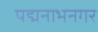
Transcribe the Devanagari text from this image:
पद्मनाभनगर